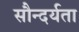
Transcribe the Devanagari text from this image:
सौन्‍दर्यता